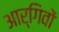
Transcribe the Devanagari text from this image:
आर्गिवों